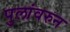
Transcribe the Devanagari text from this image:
पुलांवरुन